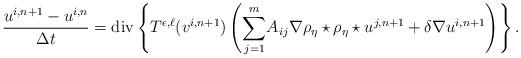
LaTeX: \begin{align*}\displaystyle{\frac{u^{i,n+1}-u^{i,n}}{\Delta t}}={\rm div}\left\{T^{\epsilon,\ell}(v^{i,n+1})\left(\overset{m}{\underset{j=1}{\sum}} A_{ij}\nabla\rho_\eta\star\rho_\eta\star u^{j,n+1}+\delta\nabla u^{i,n+1}\right)\right\}.\end{align*}